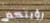
رؤيتكم